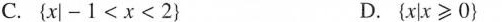
C.$${ x | - 1 < x < 2 }$$ D. $${ x | x ≥ 0 }$$